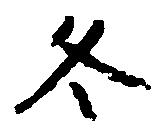
冬